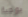
بوجبة